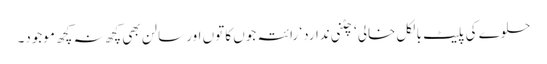
حلوے کی پلیٹ بالکل خالی ‘ چٹنی ندارد‘ رائتہ جوں کا توں اور سالن بھی کچھ نہ کچھ موجود۔